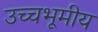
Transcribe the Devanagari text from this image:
उच्चभूमीय